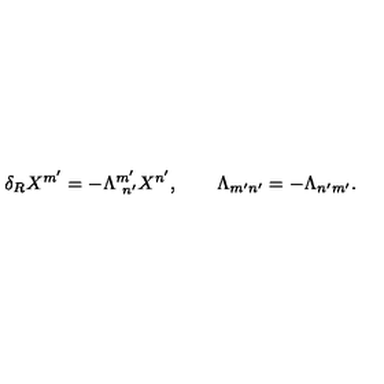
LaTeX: \delta _ { R } X ^ { m ^ { \prime } } = - \Lambda _ { \ n ^ { \prime } } ^ { m ^ { \prime } } X ^ { n ^ { \prime } } , \qquad \Lambda _ { m ^ { \prime } n ^ { \prime } } = - \Lambda _ { n ^ { \prime } m ^ { \prime } } .